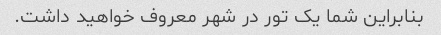
بنابراین شما یک تور در شهر معروف خواهید داشت.